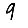
Digit: 9